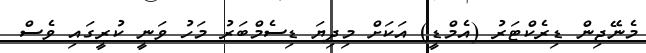
މެނޭޖިން ޑިރެކްޓަރު (އެމްޑީ) އަކަށް މިދިޔަ ޑިސެމްބަރު މަހު ވަނީ ކުރީގައި ވެސް